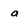
Character: a